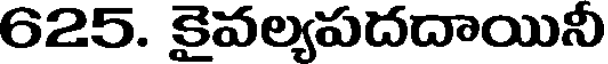
625. కైవల్యపదదాయినీ